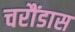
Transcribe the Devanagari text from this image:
चरौंडास